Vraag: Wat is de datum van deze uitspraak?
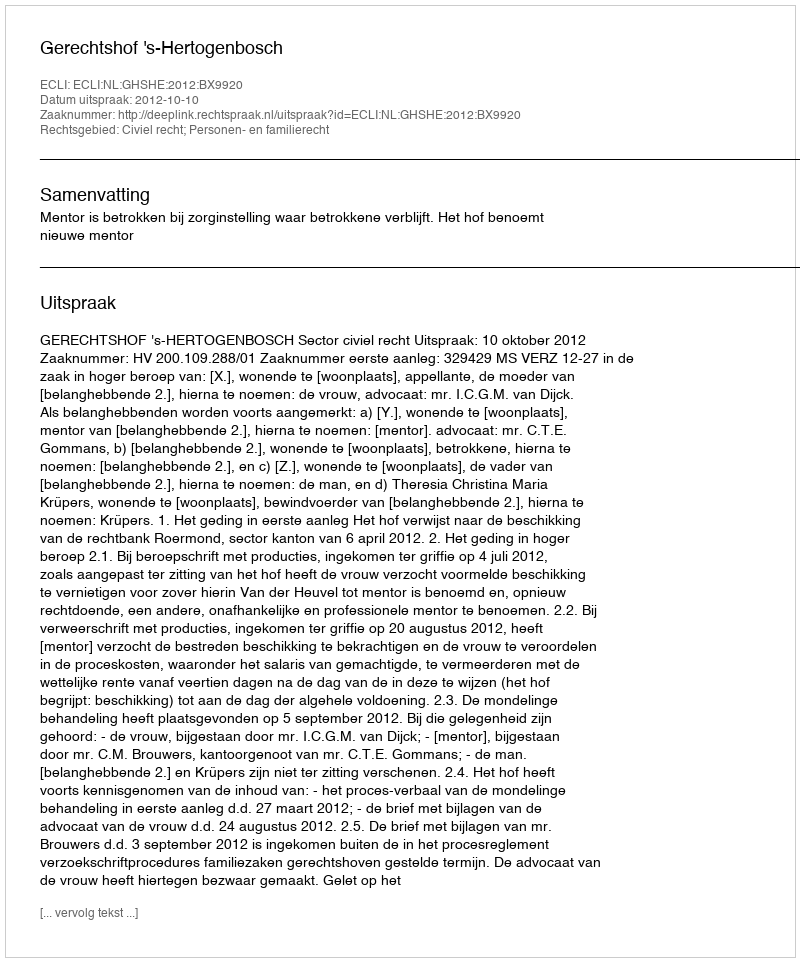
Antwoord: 2012-10-10